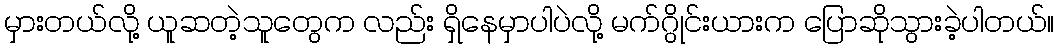
မှားတယ်လို့ ယူဆတဲ့သူတွေက လည်း ရှိနေမှာပါပဲလို့ မက်ဂွိုင်းယားက ပြောဆိုသွားခဲ့ပါတယ်။